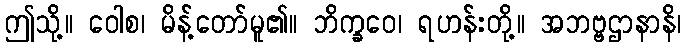
ဤသို့။ ဝေါစ၊ မိန့်တော်မူ၏။ ဘိက္ခဝေ၊ ရဟန်းတို့။ အဘဗ္ဗဌာနာနိ၊